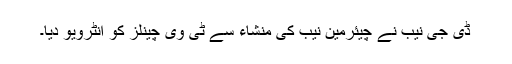
ڈی جی نیب نے چیئرمین نیب کی منشاء سے ٹی وی چینلز کو انٹرویو دیا۔